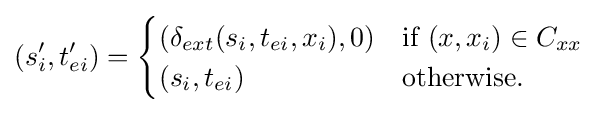
(s_{i}',t_{ei}')={\begin{cases}(\delta _{ext}(s_{i},t_{ei},x_{i}),0)&{\text{if }}(x,x_{i})\in C_{xx}\\(s_{i},t_{ei})&{\text{otherwise}}.\end{cases}}